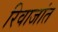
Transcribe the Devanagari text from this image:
रिवाजांत